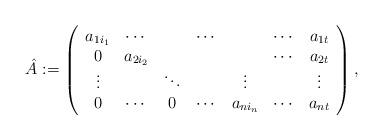
LaTeX: \begin{align*} \hat{A}:=\left(\begin{array}{ccccccc}a_{1i_1} & \cdots & & \cdots & &\cdots & a_{1t}\\0 & a_{2i_2} && & &\cdots & a_{2t}\\\vdots & & \ddots & & \vdots & & \vdots\\0& \cdots & 0 & \cdots & a_{ni_n}& \cdots & a_{nt}\end{array}\right),\end{align*}